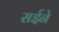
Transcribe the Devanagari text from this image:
सईने